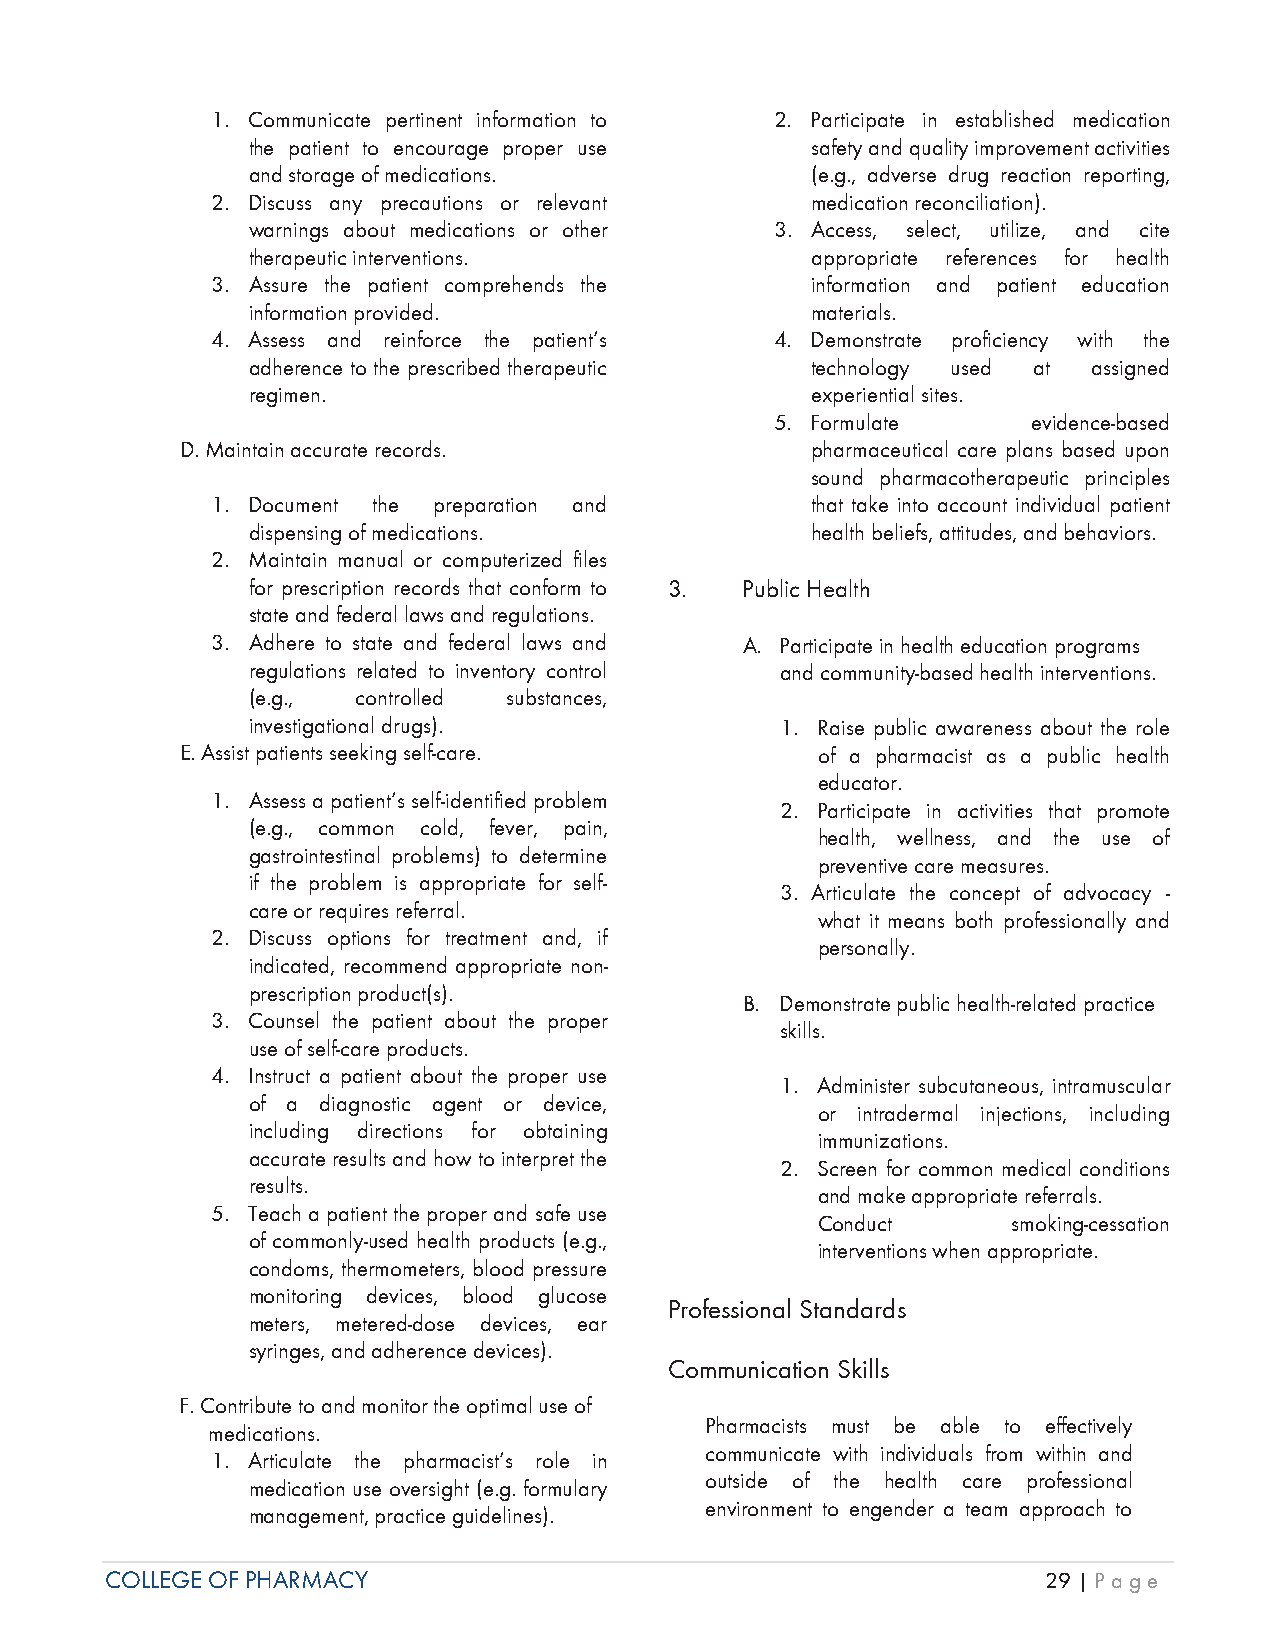
1. Communicate pertinent information to 2. Participate in established medication
 the patient to encourage proper use   safety and quality improvement activities
 and storage of medications.           (e.g., adverse drug reaction reporting,
 2. Discuss any precautions or relevant  medication reconciliation).
 warnings about medications or other 3. Access, select, utilize, and cite
 therapeutic interventions.            appropriate references for health
 3. Assure the patient comprehends the   information and patient education
 information provided.                 materials.
 4. Assess and reinforce the patient’s 4. Demonstrate proficiency with the
 adherence to the prescribed therapeutic technology used at assigned
 regimen.                              experiential sites.
 5. Formulate     evidence-based
 D. Maintain accurate records.             pharmaceutical care plans based upon
 sound pharmacotherapeutic principles
 1. Document the preparation and         that take into account individual patient
 dispensing of medications.            health beliefs, attitudes, and behaviors.
 2. Maintain manual or computerized files
 for prescription records that conform to 3. Public Health
 state and federal laws and regulations.
 3. Adhere to state and federal laws and A. Participate in health education programs
 regulations related to inventory control and community-based health interventions.
 (e.g.,  controlled substances,
 investigational drugs).             1. Raise public awareness about the role
 E. Assist patients seeking self-care.     of a pharmacist as a public health
 educator.
 1. Assess a patient’s self-identified problem
 2. Participate in activities that promote
 (e.g., common cold, fever, pain,
 health, wellness, and the use of
 gastrointestinal problems) to determine
 preventive care measures.
 if the problem is appropriate for self-
 3. Articulate the concept of advocacy -
 care or requires referral.
 what it means both professionally and
 2. Discuss options for treatment and, if
 personally.
 indicated, recommend appropriate non-
 prescription product(s).
 B. Demonstrate public health-related practice
 3. Counsel the patient about the proper
 skills.
 use of self-care products.
 4. Instruct a patient about the proper use
 1. Administer subcutaneous, intramuscular
 of a diagnostic agent or device,
 or intradermal injections, including
 including directions for obtaining
 immunizations.
 accurate results and how to interpret the
 2. Screen for common medical conditions
 results.
 and make appropriate referrals.
 5. Teach a patient the proper and safe use
 Conduct      smoking-cessation
 of commonly-used health products (e.g.,
 interventions when appropriate.
 condoms, thermometers, blood pressure
 monitoring devices, blood glucose
 Professional Standards
 meters, metered-dose devices, ear
 syringes, and adherence devices).
 Communication Skills
 F. Contribute to and monitor the optimal use of
 Pharmacists must be able to effectively
 medications.
 communicate with individuals from within and
 1. Articulate the pharmacist’s role in
 outside of the health care professional
 medication use oversight (e.g. formulary
 environment to engender a team approach to
 management, practice guidelines).
 COLLEGE OF PHARMACY                                           29 | Page